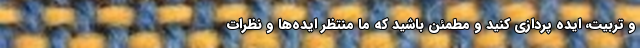
و تربیت، ایده پردازی کنید و مطمئن باشید که ما منتظر ایده‌ها و نظرات